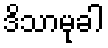
ဒိသာမုခါ